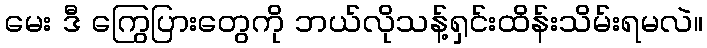
မေး ဒီ ကြွေပြားတွေကို ဘယ်လိုသန့်ရှင်းထိန်းသိမ်းရမလဲ။